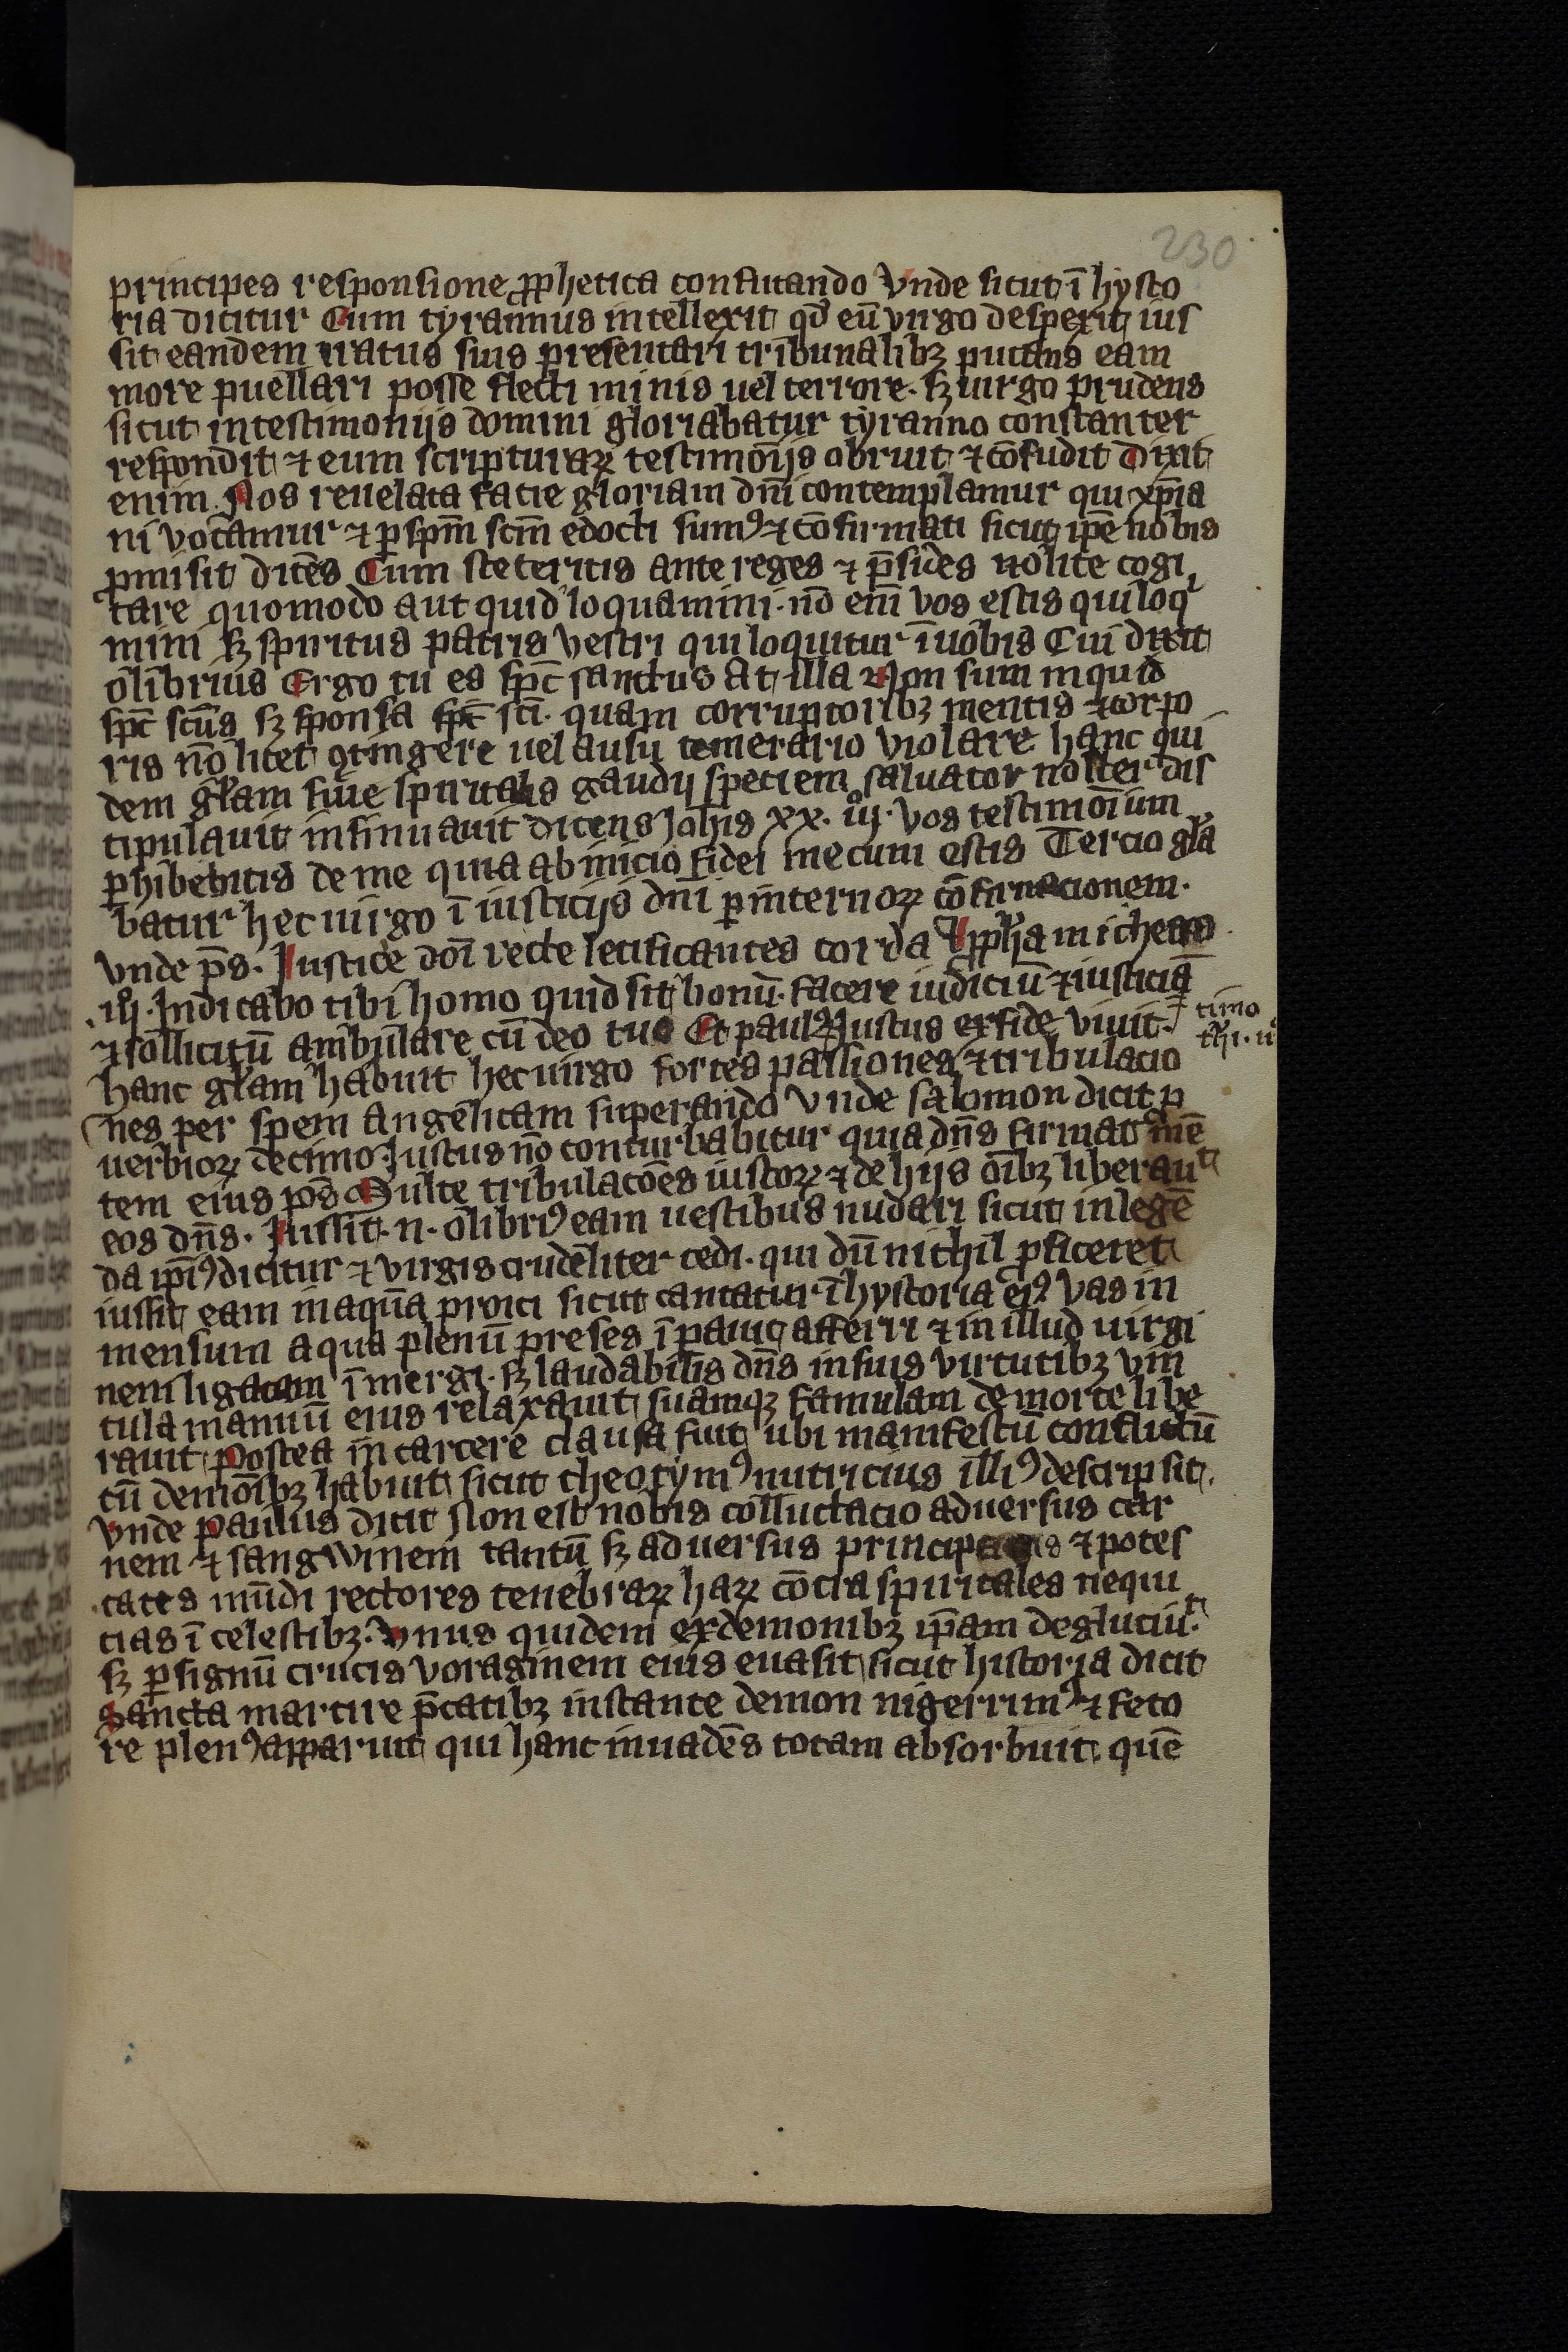
Shelfmark: Leipzig, Universitäts Bibliothek Leipzig, Ms 758
Century: 14